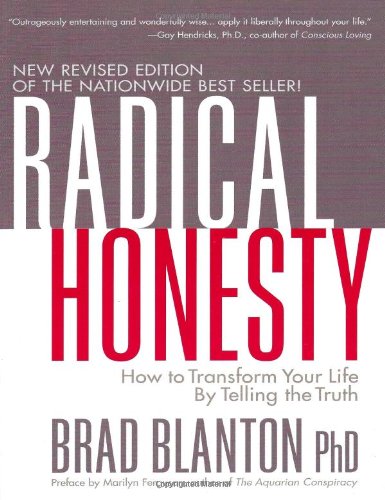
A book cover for Radical Honesty: How to Transform Your Life by Telling the Truth; Brad Blanton; Medical Books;